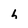
Character: h